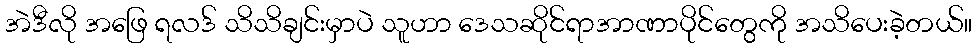
အဲဒီလို အဖြေ ရလဒ် သိသိချင်းမှာပဲ သူဟာ ဒေသဆိုင်ရာအာဏာပိုင်တွေကို အသိပေးခဲ့တယ်။